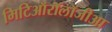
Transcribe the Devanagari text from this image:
मिटिऑरॉलॉजीआ